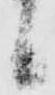
候